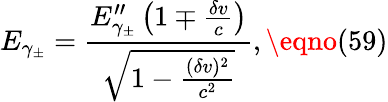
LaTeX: E_{\gamma_{\pm}}=\frac{E_{\gamma_{\pm}}^{\prime\prime}\left(1\mp\frac{\delta v}{c}\right)}{\sqrt{1-\frac{(\delta v)^{2}}{c^{2}}}},\eqno(59)